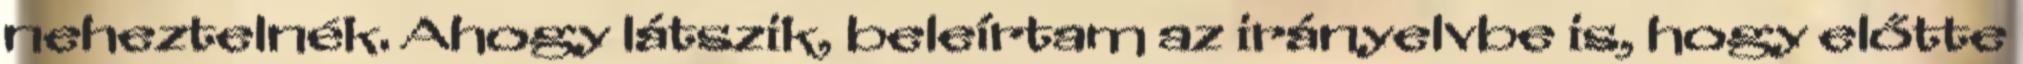
neheztelnék. Ahogy látszik, beleírtam az irányelvbe is, hogy előtte